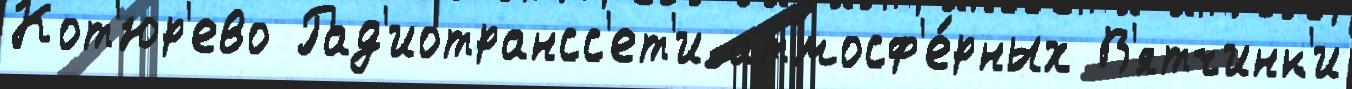
Кот'юр'ево Рад'иотрансс'ет'и атмосф'е́рных В'ятчинк'и